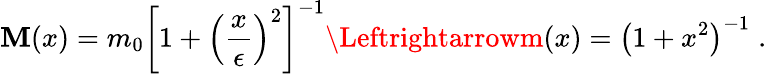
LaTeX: \mathbf{M}(x)=m_{0}{\left[1+{\left(\frac{{x}}{{\epsilon}}\right)}^{2}\right]}^{-1}\Leftrightarrowm(x)={\left(1+x^{2}\right)}^{-1}\; .